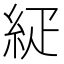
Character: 𥿇